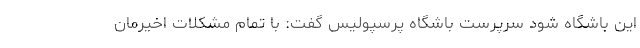
این باشگاه شود سرپرست باشگاه پرسپولیس گفت: با تمام مشکلات اخیرمان